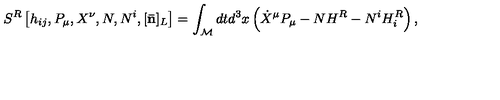
{ } S ^ { R } \left[ h _ { i j } , P _ { \mu } , X ^ { \nu } , N , N ^ { i } , [ { \bf \bar { n } } ] _ { L } \right] = \int _ { \cal M } d t d ^ { 3 } x \left( \dot { X } ^ { \mu } P _ { \mu } - N H ^ { R } - N ^ { i } H _ { i } ^ { R } \right) ,